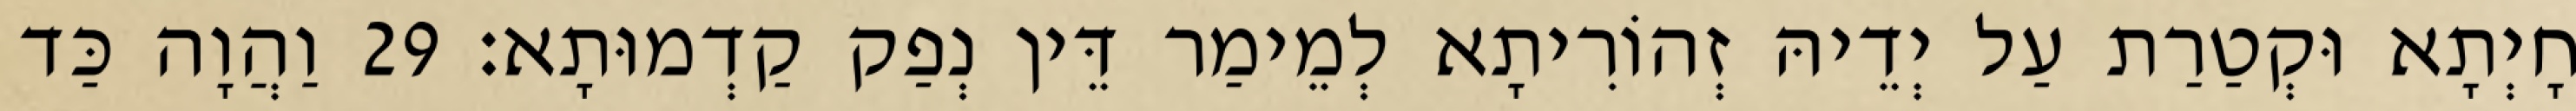
חָיְתָא וּקְטַרַת עַל יְדֵיהּ זְהוֹרִיתָא לְמֵימַר דֵּין נְפַק קַדְמוּתָא׃ 29 וַהֲוָה כַּד